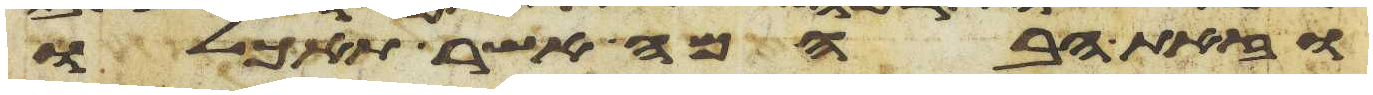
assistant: וזאת הבהמה אשר תאכלו